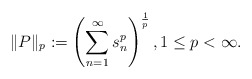
\begin{align*}\| P\|_{p}:=\left(\sum_{n=1}^{\infty}s_{n}^{p}\right)^{\frac{1}{p}}, 1\leq p <\infty.\end{align*}